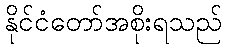
နိုင်ငံတော်အစိုးရသည်